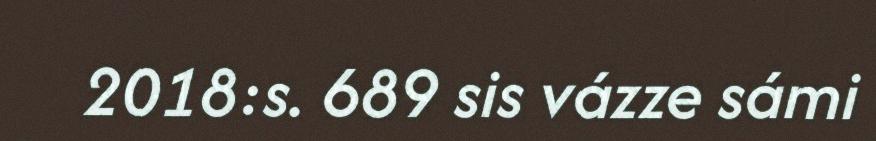
2018:s. 689 sis vázze sámi